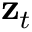
\mathbf { z } _ { t }